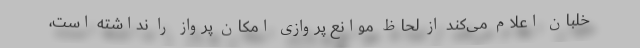
خلبان اعلام می‌کند از لحاظ موانع پروازی امکان پرواز را نداشته است،